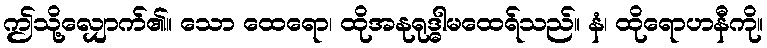
ဤသို့လျှောက်၏။ သော ထေရော၊ ထိုအနုရုဒ္ဓါမထေရ်သည်။ နံ၊ ထိုရောဟနီကို။